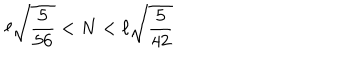
LaTeX: \ell \sqrt { \frac { 5 } { 5 6 } } < N < \ell \sqrt { \frac { 5 } { 4 2 } }